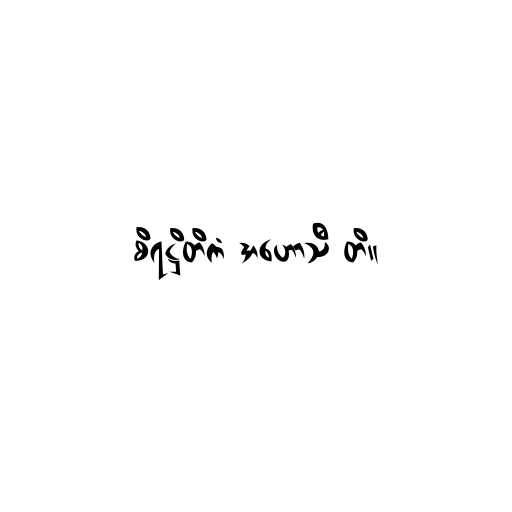
စိရဋ္ဌိတိကံ အဟောသီ တိ။